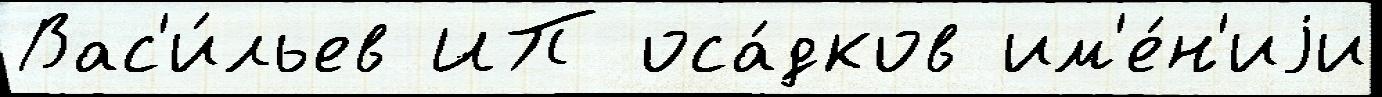
Вас'и́льев ИП оса́дков им'е́н'иjи